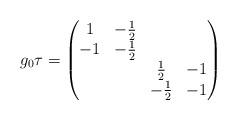
LaTeX: \begin{align*} g_0 \tau = \begin{pmatrix} 1 & -\frac{1}{2} & & \\ -1 & -\frac{1}{2} & & \\ & & \frac{1}{2} & -1 \\ & & -\frac{1}{2} & -1 \end{pmatrix}\end{align*}